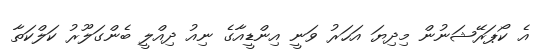
އެ ކޯޕަރޭޝަނުން މިދިޔަ އަހަރު ވަނީ އިންޑީއާގެ ނިއު ދިއްލީ ބެންގަލޫރު ކަލްކަތާ